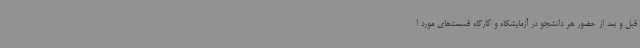
قبل و بعد از حضور هر دانشجو در آزمایشگاه و کارگاه قسمت‌های مورد ا